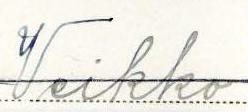
Veikko